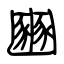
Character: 豳